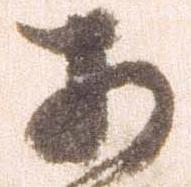
あ